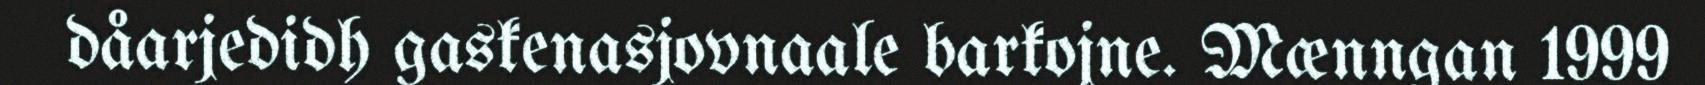
dåarjedidh gaskenasjovnaale barkojne. Mænngan 1999